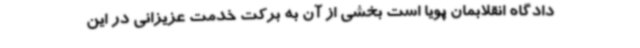
دادگاه انقلابمان پویا است بخشی از آن به برکت خدمت عزیزانی در این